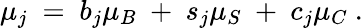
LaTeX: \mu_{j}~=~b_{j}\mu_{B}~+~s_{j}\mu_{S}~+~c_{j}\mu_{C}~.